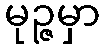
မုဉ္ဇမှာ